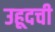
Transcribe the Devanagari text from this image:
उहूदची